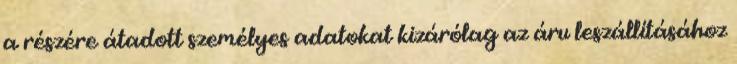
a részére átadott személyes adatokat kizárólag az áru leszállításához